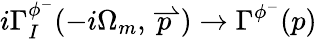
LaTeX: i\Gamma_{I}^{\phi^{-}}(-i\Omega_{m},\stackrel{\rightharpoonup}{p})\rightarrow\Gamma^{\phi^{-}}(p)